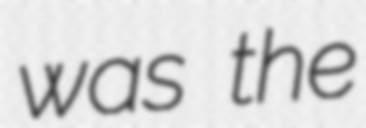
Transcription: was the